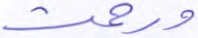
ورحمت